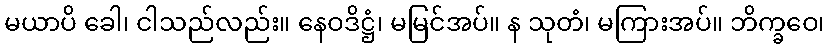
မယာပိ ခေါ၊ ငါသည်လည်း။ နေဝဒိဋ္ဌံ၊ မမြင်အပ်။ န သုတံ၊ မကြားအပ်။ ဘိက္ခဝေ၊